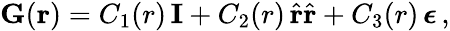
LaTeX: \mathbf{G}(\mathbf{r})=C_{1}(r)\, \mathbf{I}+C_{2}(r)\, \hat{\mathbf{r}}\hat{\mathbf{r}}+C_{3}(r)\, \boldsymbol{\epsilon}\, ,